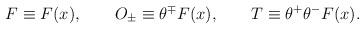
LaTeX: \begin{align*}F\equiv F(x),\qquad O_{\pm }\equiv \theta ^{\mp }F(x),\qquad T\equiv \theta^{+}\theta ^{-}F(x). \end{align*}